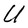
Character: U